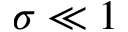
\sigma \ll 1